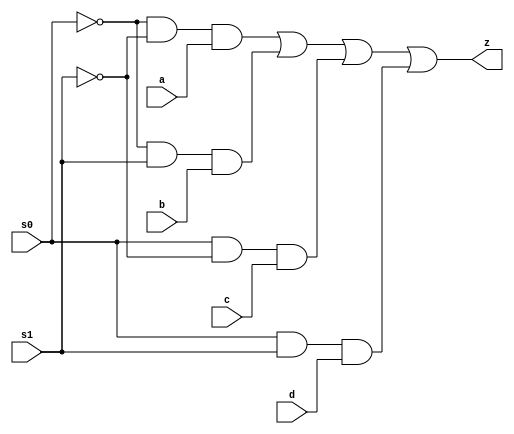
// Code your design here
module mux4_1(
  input a,b,c,d,s0,s1,
  output z);
  wire x,y,p,q,r,s;
  not (x,s0);
  not (y,s1);
  and (p,x,y,a);
  and (q,x,s1,b);
  and (r,s0,y,c);
  and (s,s0,s1,d);
  or (z,p,q,r,s);
endmodule